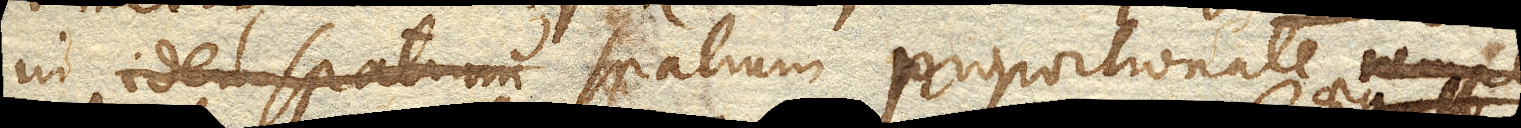
in idem spatium spatium proportionale nempe